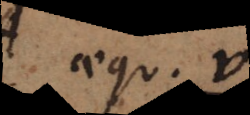
aequ. r,